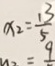
x _ { 2 } = \frac { 1 3 } { 5 }